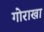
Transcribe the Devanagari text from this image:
गोराखा